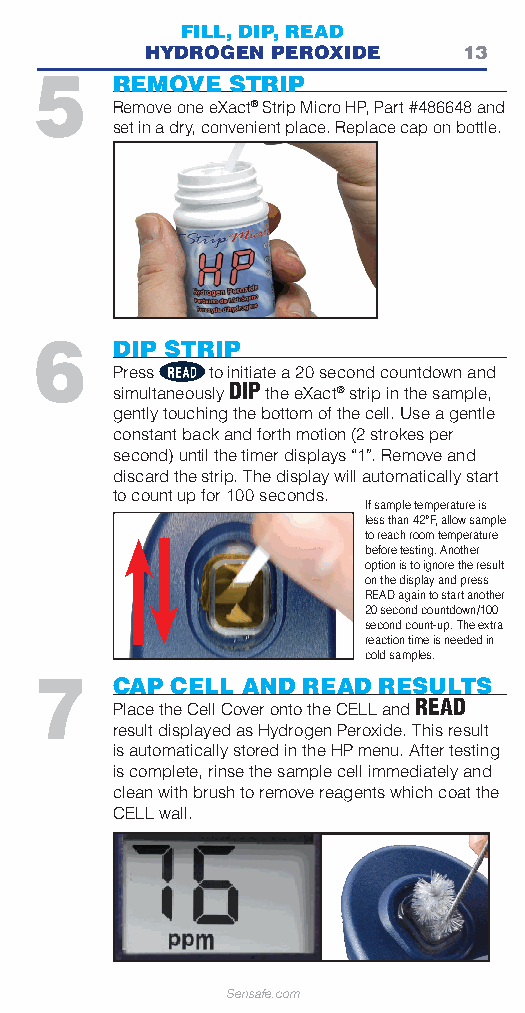
FILL, DIP, READ
 HYDROGEN PEROXIDE    13
 5    REMOVE  STRIP
 Remove one eXact® Strip Micro HP, Part #486648 and
 set in a dry, convenient place. Replace cap on bottle.
 6    DIP STRIP
 Press  to initiate a 20 second countdown and
 simultaneously DIP the eXact® strip in the sample,
 gently touching the bottom of the cell. Use a gentle
 constant back and forth motion (2 strokes per
 second) until the timer displays “1”. Remove and
 discard the strip. The display will automatically start
 to count up for 100 seconds.
 If sample temperature is
 less than 42°F, allow sample
 to reach room temperature
 before testing. Another
 option is to ignore the result
 on the display and press
 READ again to start another
 20 second countdown/100
 second count-up. The extra
 reaction time is needed in
 cold samples.
 7    CAP CELL AND READ RESULTS
 Place the Cell Cover onto the CELL and READ
 result displayed as Hydrogen Peroxide. This result
 is automatically stored in the HP menu. After testing
 is complete, rinse the sample cell immediately and
 clean with brush to remove reagents which coat the
 CELL wall.
 Sensafe.com